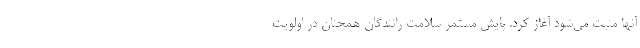
آنها مثبت می‌شود آغاز کرد. پایش مستمر سلامت رانندگان همچنان در اولویت